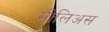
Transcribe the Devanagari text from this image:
मीलिअस